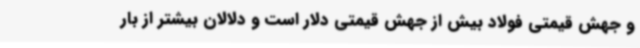
و جهش قیمتی فولاد بیش از جهش قیمتی دلار است و دلالان بیشتر از بار